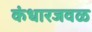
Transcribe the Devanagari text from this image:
कंधारजवळ